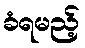
ခံရမည့်